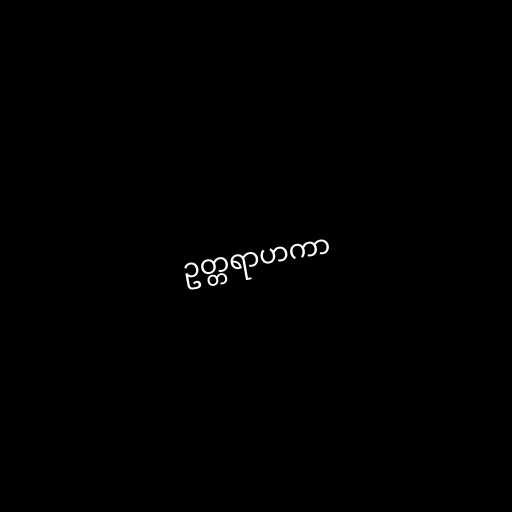
ဥတ္တရာဟကာ